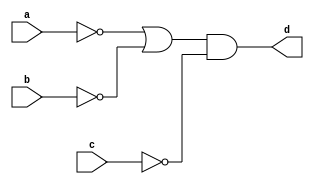
`timescale 1ns / 1ps

// Week5_1
module Boolean_Function_1_a (
    input a, b, c,
    output d
    );
    
    assign d = (~a | ~b) & ~c;
    
endmodule